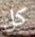
كل